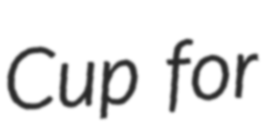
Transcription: Cup for